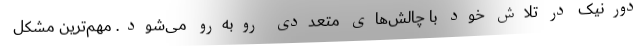
دورنیک در تلاش خود با چالش‌های متعددی روبه‌رو می‌شود. مهم‌ترین مشکل